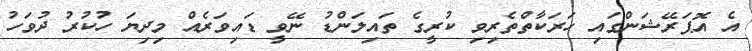
އެ އޮޕަރޭޝަންގައި ހަރަކާތްތެރިވި ކުރީގެ ތައިލަންޑު ނޭވީ ޑައިވަރެއް މިދިޔަ ހުކުރު ދުވަހު